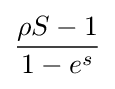
{\frac {\rho \,\!S-1}{1-e^{s}}}